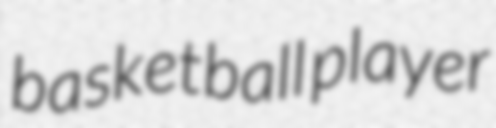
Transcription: basketball player